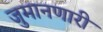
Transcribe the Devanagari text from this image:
जुमानणारी